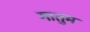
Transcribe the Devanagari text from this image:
गातुम